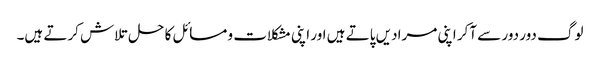
لوگ دور دور سے آکر اپنی مرادیں پاتے ہیں اور اپنی مشکلات و مسائل کا حل تلاش کرتے ہیں۔